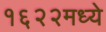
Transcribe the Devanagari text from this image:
१६२२मध्ये